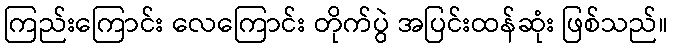
ကြည်းကြောင်း လေကြောင်း တိုက်ပွဲ အပြင်းထန်ဆုံး ဖြစ်သည်။